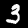
Digit: 3